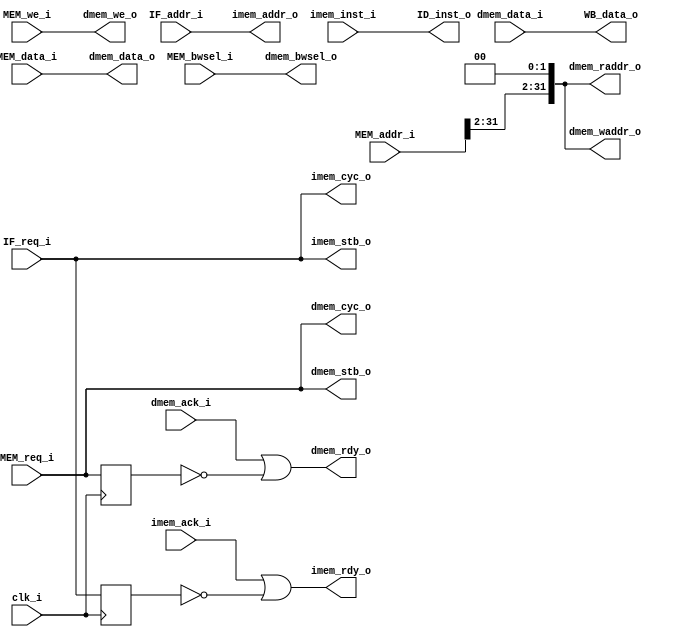
module mem_ctrl
  (
   clk_i,
   // Interface with IF stage 
   IF_addr_i,IF_req_i,
   // Interface with ID stage 
   ID_inst_o,
   // Interface with the MEM Stage
   MEM_req_i,MEM_we_i,MEM_addr_i,MEM_data_i,MEM_bwsel_i,
   // Interface with the WB Stage
   WB_data_o,
   // data_ram interface signals
   dmem_cyc_o,dmem_stb_o,dmem_waddr_o,dmem_raddr_o,dmem_we_o,dmem_bwsel_o,dmem_ack_i,dmem_data_i,dmem_data_o,   
   //inst_rom interface
   imem_cyc_o, imem_stb_o, imem_addr_o, imem_ack_i, imem_inst_i,
 
   // Pipeline progress control signal
   dmem_rdy_o,imem_rdy_o
   );
  
  input         clk_i;
  
  // Interface for the Instruction Extraction Stage
  input         IF_req_i;
  input  [31:0] IF_addr_i;     // The address of the data to read
  output [31:0] ID_inst_o;   // Instruction from the memory
  
  //inst_rom interface
  output        imem_cyc_o; 
  output        imem_stb_o; 
  output [31:0] imem_addr_o; 
  input         imem_ack_i; 
  input  [31:0] imem_inst_i;
  
  // Interface with the MEM Stage
  input         MEM_req_i;       // Request to access the ram
  input         MEM_we_i;        // Read/Write request
  input  [31:0] MEM_addr_i;      // Address in ram
  input  [31:0] MEM_data_i;      // Data to write in ram
  input  [3:0]  MEM_bwsel_i;
  
  // Interface with the WB Stage
  output [31:0] WB_data_o;     // Data from the ram to the WB stage
    
  // RAM interface signals
  output        dmem_cyc_o;     // Request to ram
  output        dmem_stb_o;     // Request to ram
  output [31:0] dmem_waddr_o;   // Address of the data to write
  output [31:0] dmem_raddr_o;   // Address of the data to read
  output        dmem_we_o;      // Read/Write request
  output [3:0]  dmem_bwsel_o;   // byte selection signal
  input         dmem_ack_i;     // Acknowledge from the memory
  input  [31:0] dmem_data_i;    // Data from the memory
  output [31:0] dmem_data_o;    // Data to the memory
  
  // Pipeline progress control signal
  output        dmem_rdy_o;
  output        imem_rdy_o;
  
  assign imem_cyc_o = IF_req_i;//1'b1;
  assign imem_stb_o = IF_req_i;//1'b1;
  assign imem_addr_o = IF_addr_i;
  assign ID_inst_o = imem_inst_i;
 
  assign dmem_we_o   = MEM_we_i;
  assign dmem_cyc_o  = MEM_req_i;
  assign dmem_stb_o  = MEM_req_i;
  assign dmem_waddr_o = {MEM_addr_i[31:2],2'b00};
  assign dmem_raddr_o = {MEM_addr_i[31:2],2'b00};
  assign dmem_data_o  = MEM_data_i;
  assign dmem_bwsel_o = MEM_bwsel_i;
  assign WB_data_o    = dmem_data_i;

  
  reg dmem_req_reged; 
  reg imem_req_reged;
  always @(posedge clk_i)
  begin
    dmem_req_reged <= dmem_cyc_o & dmem_stb_o;
    imem_req_reged <= IF_req_i;
  end

  assign dmem_rdy_o   = dmem_ack_i | ~dmem_req_reged;
  assign imem_rdy_o   = imem_ack_i | ~imem_req_reged;

endmodule